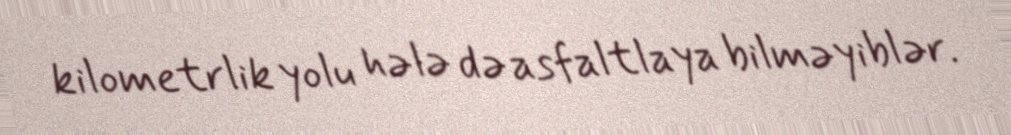
kilometrlik yolu hələ də asfaltlaya bilməyiblər.